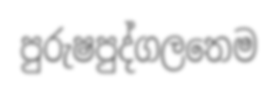
පුරුෂපුද්ගලතෙම